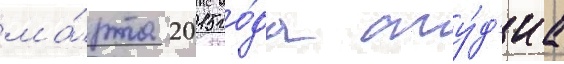
ма́рта 2015 го́да сту́д'иа